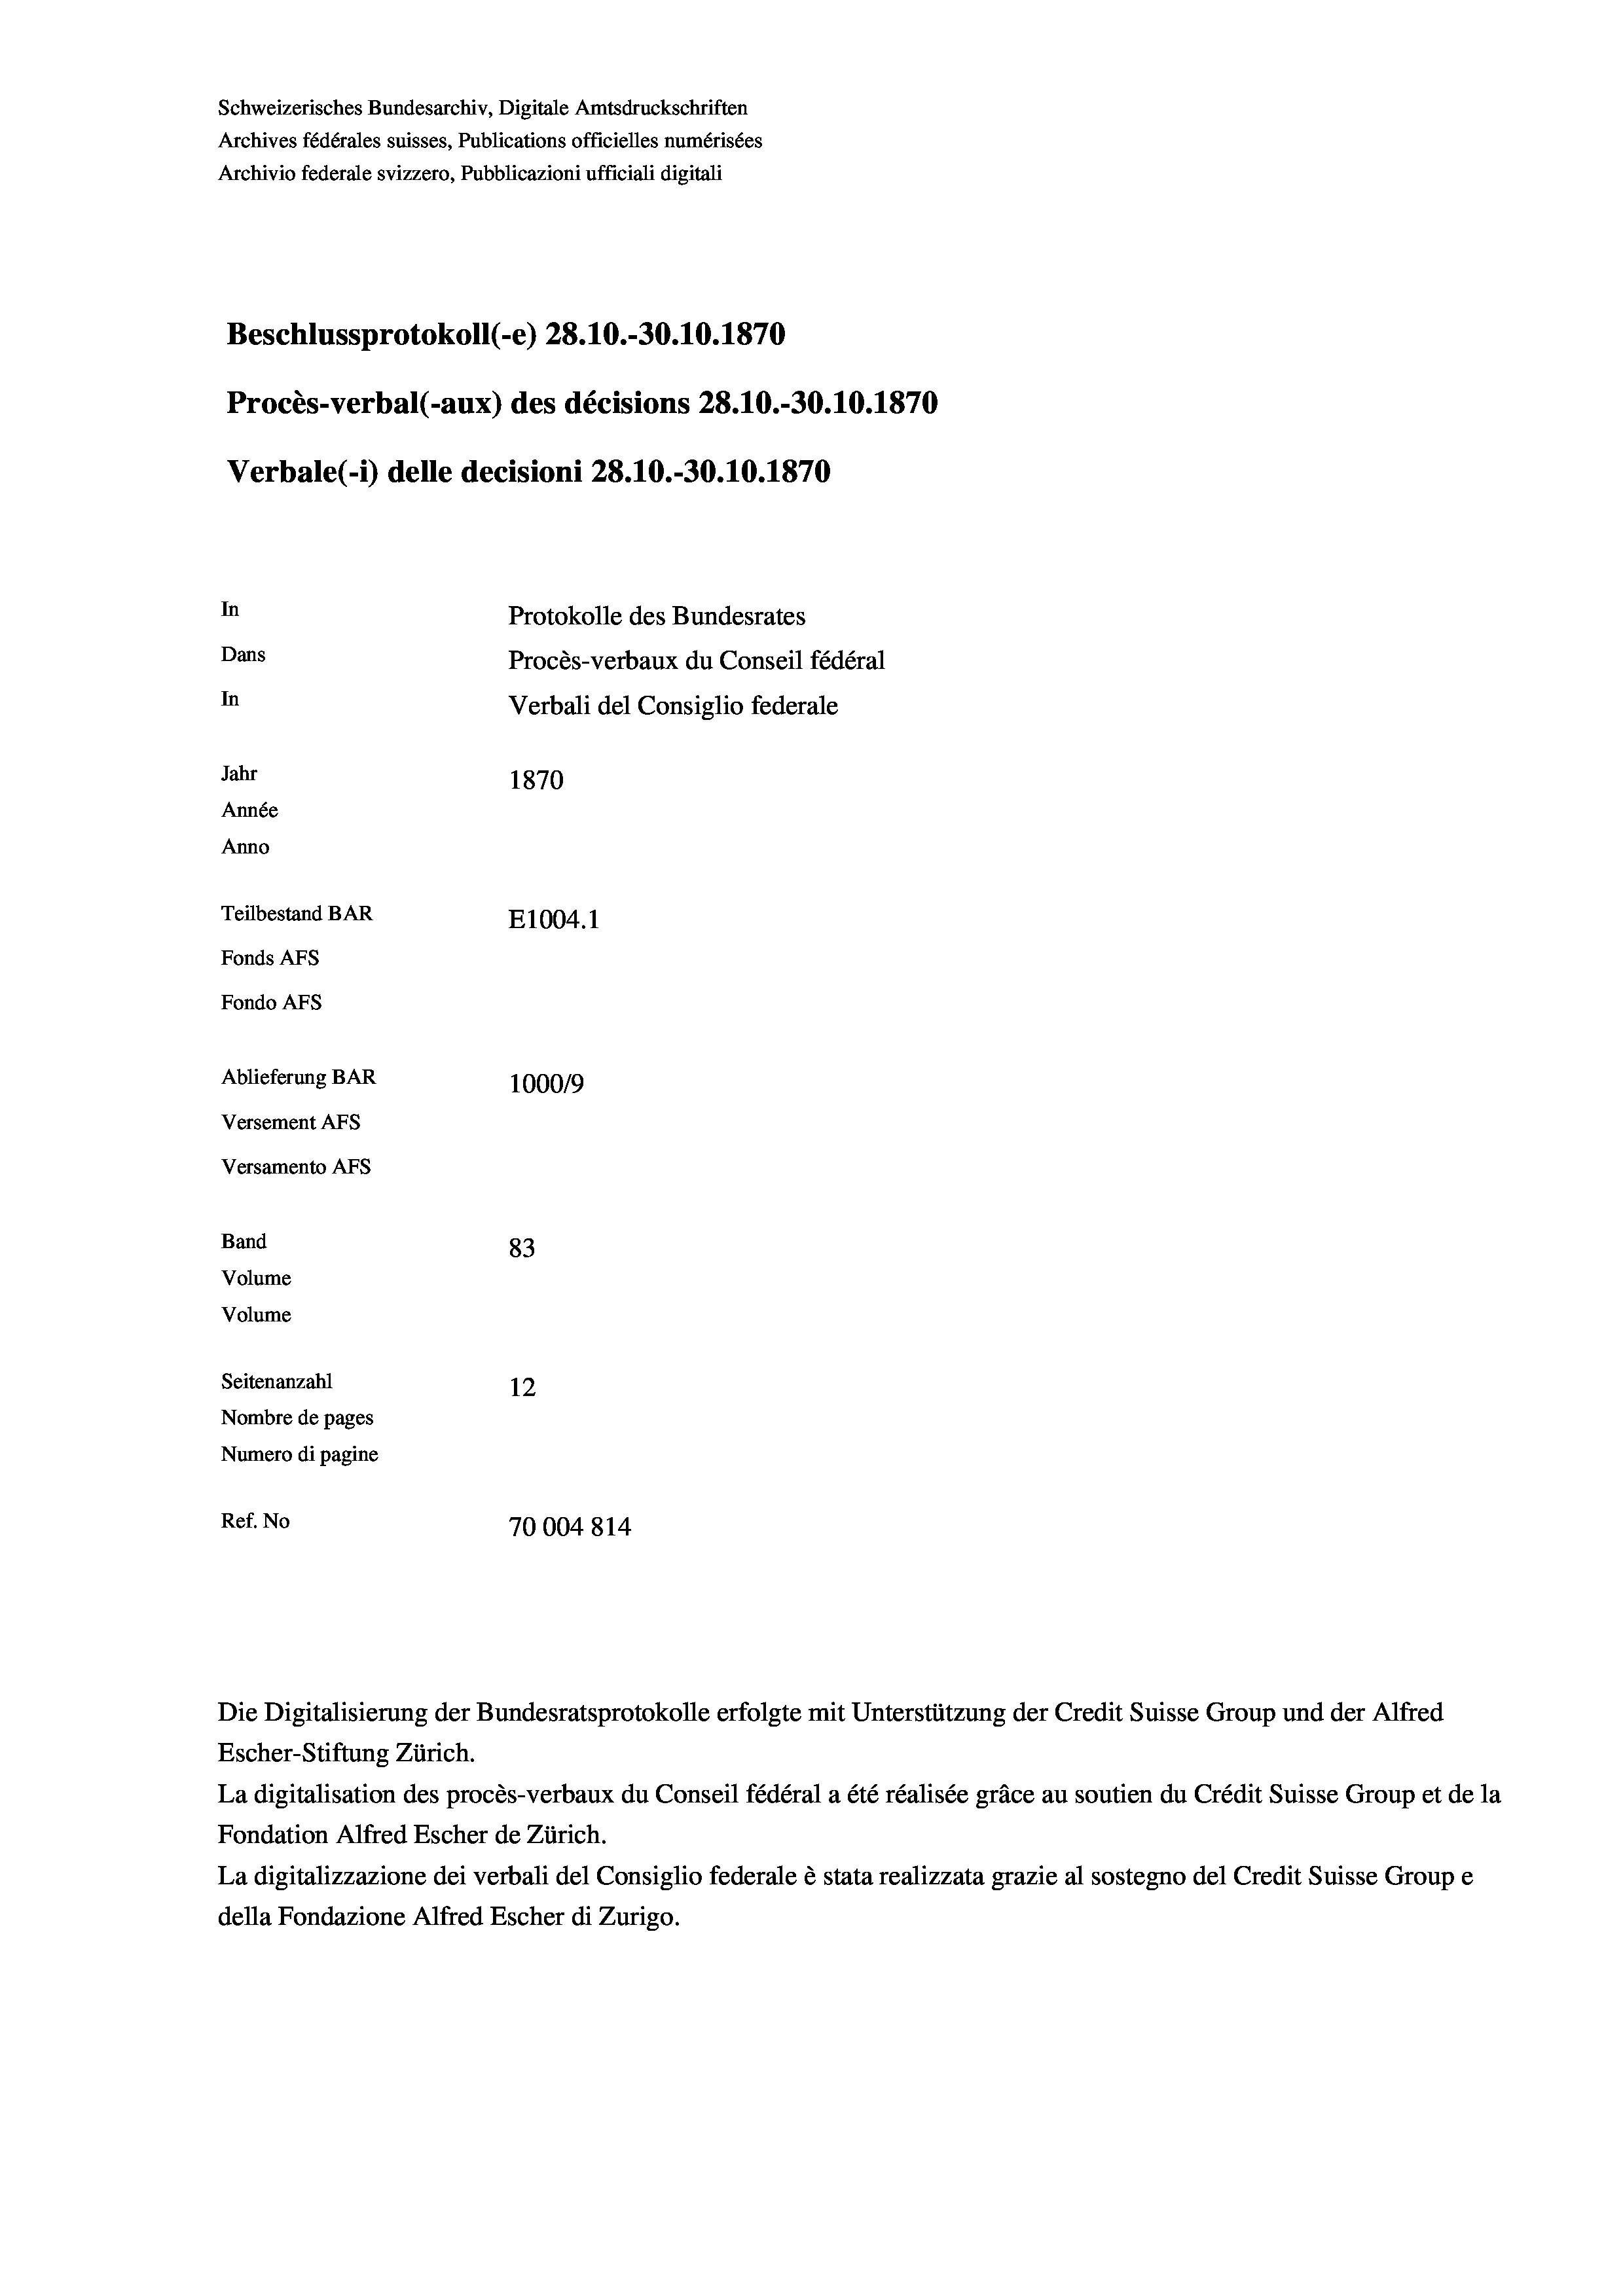
Schweizerisches Bundesarchiv, Digitale Amtsdruckschriften
Archives fédérales suisses, Publications officielles numérisées
Beschlussprotokoll (-e) 28.10.-30.10.1870
In
Protokolle des Bundesrates
Dans
Procès-verbaux du Conseil fédéral
In
Verbali del Consiglio federale
Jahr
1870
Année
Anno
Teilbestand BAR
E1004.1
Fonds AFs
Fondo AFS

Ablieferung BAR
Versement AFs
Versamento AFs
Band
Volume
Volume
Seitenanzahl

Archivio federale svizzero, Pubblicazioni ufficiali digitali

Procès-verbal (-aux) des décisions 28.10.-30.10.1870
Verbale(-*) delle decisioni 28.10.-30.10.1870

100019
83
12
Nombre de pages
Numero di pagine
Ref. No
70004814

Die Digitalisierung der Bundesratsprotokolle erfolgte mit Unterstützung der Credit Suisse Group und der Alfred
Escher-Stiftung Zürich.
La digitalisation des procès-verbaux du Conseil fédéral a été réalisée gräce au soutien du Crédit Suisse Group et de la
Fondation Alfred Escher de Zürich.
La digitalizzazione dei verbali del Consiglio federale è stata realizzata grazie al sostegno del Credit Suisse Groupe
della Fondazione Alfred Escher di Zurigo.